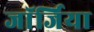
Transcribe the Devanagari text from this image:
जाॅर्जिया